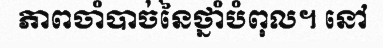
ភាពចាំបាច់នៃថ្នាំបំពុល។ នៅ